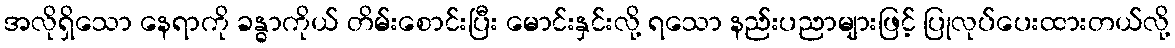
အလိုရှိသော နေရာကို ခန္ဓာကိုယ် တိမ်းစောင်းပြီး မောင်းနှင်းလို့ ရသော နည်းပညာများဖြင့် ပြုလုပ်ပေးထားတယ်လို့